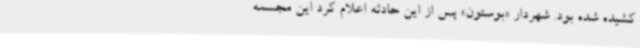
کشیده شده بود. شهردار «بوستون» پس از این حادثه اعلام کرد این مجسمه